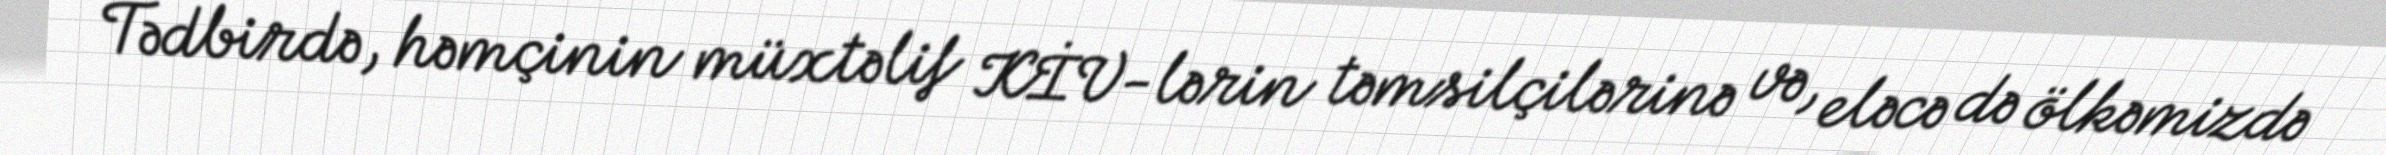
Tədbirdə, həmçinin müxtəlif KİV-lərin təmsilçilərinə və, eləcə də ölkəmizdə